Medical and sanitary report of the native army of Madras for the year
Year: 1877
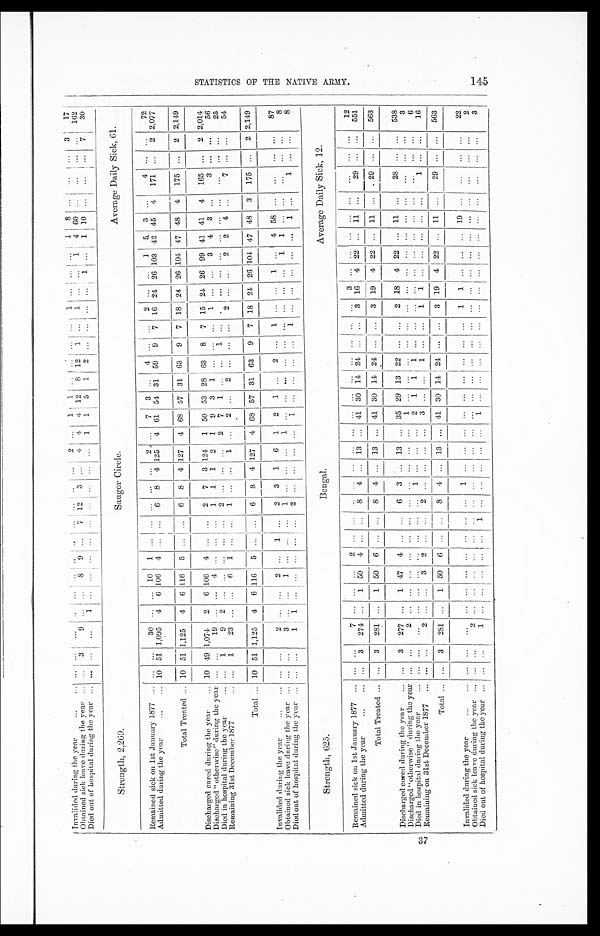
S T A T I C S O F T H E N A T I V E A R M Y . 1 4 5 .
3 7
Invalided during the year
...
... ... ... ...
... ... ... ... ... ...
...
... ...
2 ...
1 1
... ... ... .... 1 ... ...
... 1
8 ...
...
...
3
17
Obtainer sick leave during the year ...
... 3
9 ... ...
8 9 ... 7
12 3 ...
4 4
4 12 8
12 1 ...
1 ... ... 1
4 60 ...
... ...
... 162
Died out of hospital during the year ... ... ... . . .
1 ... ... ...
...
. . . . . . . . . ... ... ... ... 1 1 5
1 2 ... ... ...
... 1 ...
1 10 ...
... ...
7
30
Strength, 2,269.
Sanger Circle.
Average Daily Sick, 61.
Remained sick on 1st January 1877
... ... ...
30 ... ... 10 1 ...
... ... ... ...
2 ...
7 3
... 4 ... ... 2 ... ...
15 3 . . . . . . ... 4
... ...
72
Admitted during the year
...
... 1 10 51 1,095 4 6 106 4 ... ... 6 8 4 125 4 61 54 31 59 9 7 16 24 26 103 42 45 4 171 ...
2 2,077
Total Treated ... 10 51 1,125
4 6 116 5 ... ...
6 8 4 127 4 68 57 31 63 9 7 18 24 26
104
47 48 4 175 . . . ...
2 2,149
Discharged cured during the year
... 10 49 1,074
2 6 106 4 ... ... 2 7 3
124
1 50 53 28 63 8 7 15 24 26 99 41 41 4 165 ... 2 2,014
Discharged "otherwise" during the year ... ...
19 ... ... 4 ... ... ...
1 1 1 2 1 9 3 1 ... ... ...
1 ... ...
3 4 3 ...
3 ... ...
56
Died in hospital during the year
... ...
1
9 2 ... ... ... ... ... 2 ... ... ... 2 7 1
... ... 1 .
... ... ... ... ... ... . . . ... ...
... ....
25
Remaining 31st December 1877
... ... 1 23
... ... 6 1 ... ... 1 ... ... 1 ... 2 ... 2 ... ... ... 2 ... ...
2 2 4 ...
7 ... . . . ...
54
Total ... 10 51 1,125 4 6
116
5 ... ...
6
8
4 127 4 68 57 31 63 9 7 18 24 26 104 47 48
3
175 ...
2 2,149
Invalided during the year
...
... ... ...
2
...
...
2
... 1
...
2 3 1 6 1 2 1 ...
2 ... 1 ... ...
1 ... 4 58 ...
... ... ...
87
Obtained sick leave during the year ... ... ... 3
... ... 1 ... ... ... 1 ... 1
... ... ... ... ... ... ... ... ... ... ... 1 1 ... . . . ... ....
... ...
8
Died out of hospital during the year ... ... ...
1 1 ...
... ... ... ... 2 ... ... ... ...
1 ... ... ... ... 1 ... ... ... ... ... 1 ...
1 ...
...
8
Strength, 625.
Bengal.
Average Daily Sick, 12.
Remained sick on 1st January 1877 ... ... ...
7
... ... ... 2 ... ... . . .
... ... ... ... ... ...
... ... ... ... ... 3
... ... ... ... . . . ... . . . ...
... ...
12
Admitted during the year
...
... ...
3 274 ...
1 50 4 ... ... ...
4 ... 13 ... 41 30 14 24 ... ...
3 16 4 22 ... 11 ...
29 ... .... 551
Total Treated ... ... 3 281 ...
1 50 6 ... ... 8 4 ... 13 ... 41 30 14 24 ... ...
3 19 4 22 ... 11 ... . 29 ... ...
563
Discharged conced during the year
... ... 3 277 ...
1 47 4 ... ...
6 3 ... 13 ... 35 29 13 22 ... ...
2 18 4 22 ... 11 ...
28
. .
...
...
538
Discharged "otherwise" during the year ... ... 2
... ... ... ... ... ... ... ... ... ... ... 1 ... ... ... ... ... ...
... ... ... ... ... ...
...
... ... 3
Died in hospital during the year
... ... ... ...
... ... ... ... ... ... ... ... ... ... ... 2 1
1 1 ... ... ...
... ... ... ... ... ... ... . ... ...
6
Remaining on 31st December 1877 ... ... ...
2 ... ... 3
2 ... ...
2 4
... ... ... 3 ... ... 1 ... ... 1 1 ... ... ... ... ...
1 ... ...
16
Total ... ... 3 281 ...
1 50 6 ... ... 8 4 ... 13 ... 41 30 14 24 ... ...
3 19 4 22 ... 11 ...
29 ... ...
563
Invalided during the year
...
... ... ... ...
... ...
...
... ... ... ... 1 ... ... ... ... ... ... ... ... ...
1
1 ... ... ... 19 . . . ... ...
... ...
22
Obtained sick leave during the year ... ...
... 2
... ... ... ... ... ... ... ... ... ... ... ... ... ... ... ... ... ...
...... ... ... ... ...
... ... ...
2
Died out of hospital during the year
_
... ... ...
1 ...
...
... ... ... 1 ... ... ... ... ... 1 ... ... ... ... ...
... 1 ... ... ... ... ...
... ... . . . ...
3